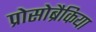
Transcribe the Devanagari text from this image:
प्रोसोब्रैकिया